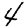
Digit: 4